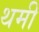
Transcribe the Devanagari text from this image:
थमी